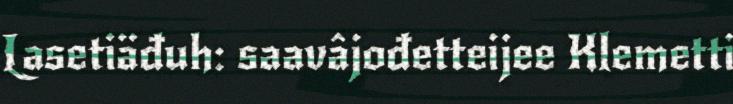
Lasetiäđuh: saavâjođetteijee Klemetti